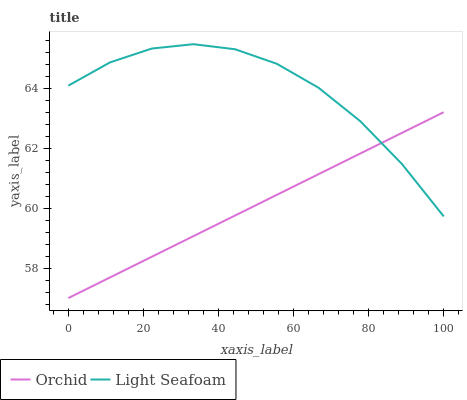
| xaxis_label | Orchid | Light Seafoam |
 | --- | --- | --- |
 | 0 | 57 | 64.1 |
 | 11.1 | 57.7 | 64.9 |
 | 22.2 | 58.4 | 65.3 |
 | 33.3 | 59.1 | 65.5 |
 | 44.4 | 59.8 | 65.3 |
 | 55.6 | 60.4 | 64.8 |
 | 66.7 | 61.1 | 64 |
 | 77.8 | 61.8 | 62.9 |
 | 88.9 | 62.5 | 61.5 |
 | 100 | 63.2 | 59.7 |